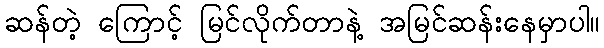
ဆန်တဲ့ ကြောင့် မြင်လိုက်တာနဲ့ အမြင်ဆန်းနေမှာပါ။